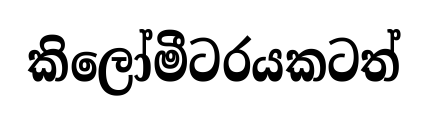
කිලෝමීටරයකටත්